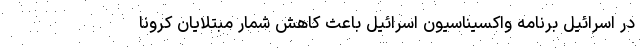
در اسرائیل برنامه واکسیناسیون اسرائیل باعث کاهش شمار مبتلایان کرونا